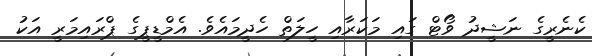
ކެނެރީގެ ނަޝީދު ވޯޓް ގައި މަކަރާއި ހީލަތް ހެދީމައެވެ. އެމްޑީޕީގެ ޕްރައިމަރީ އަކު